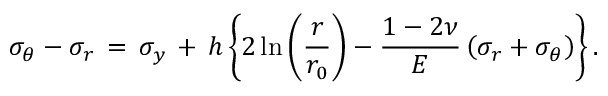
\sigma _ { \theta } - \sigma _ { r } \, = \, \sigma _ { y } \, + \, h \left\{ 2 \ln \left( \frac { r } { r _ { 0 } } \right) - \frac { 1 - 2 \nu } { E } \left( \sigma _ { r } + \sigma _ { \theta } \right) \right\} .